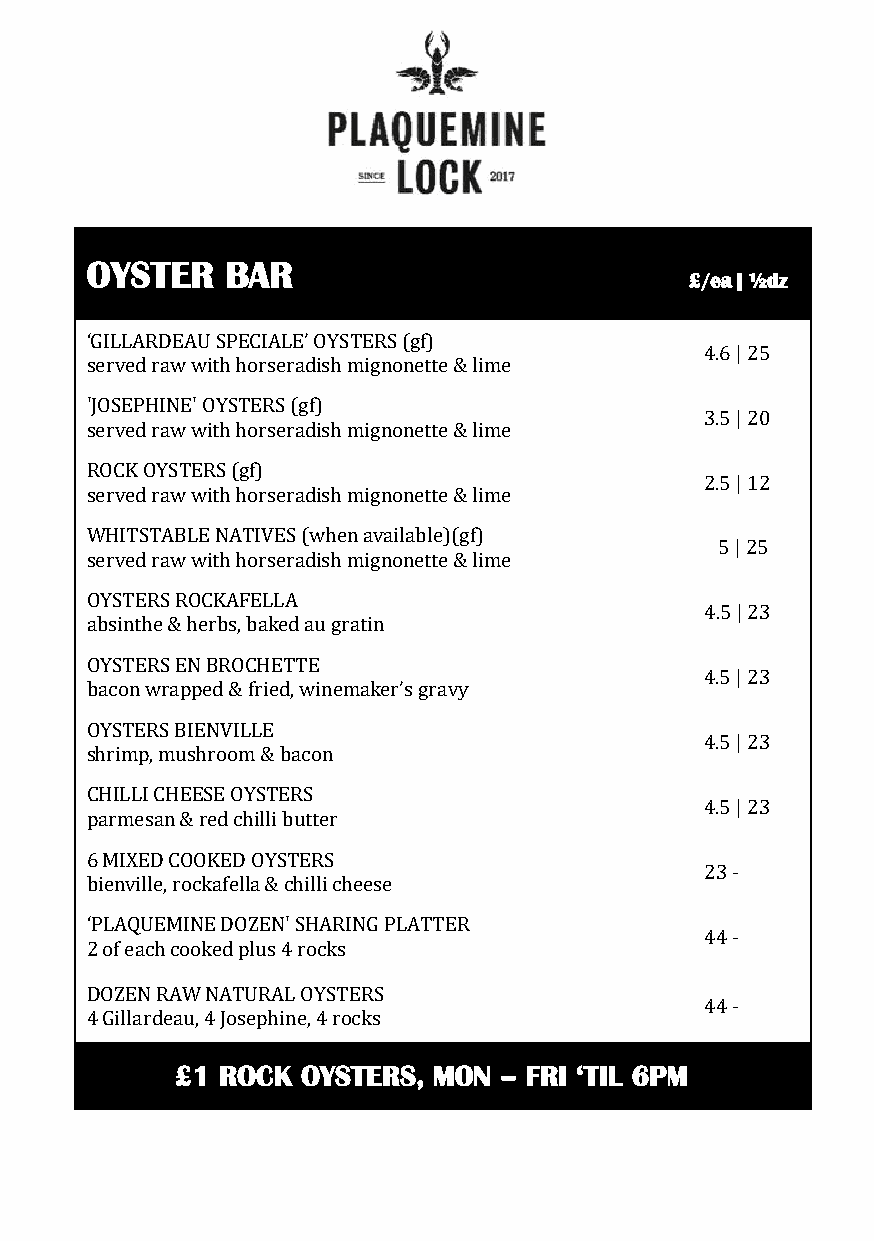
OYSTER   BAR
 £/ea | ½dz
 ‘GILLARDEAU SPECIALE’ OYSTERS (gf)
 4.6 | 25
 served raw with horseradish mignonette & lime
 'JOSEPHINE' OYSTERS (gf)
 3.5 | 20
 served raw with horseradish mignonette & lime
 ROCK OYSTERS (gf)
 2.5 | 12
 served raw with horseradish mignonette & lime
 WHITSTABLE NATIVES (when available)(gf)
 5 | 25
 served raw with horseradish mignonette & lime
 OYSTERS ROCKAFELLA
 4.5 | 23
 absinthe & herbs, baked au gratin
 OYSTERS EN BROCHETTE
 4.5 | 23
 bacon wrapped & fried, winemaker’s gravy
 OYSTERS BIENVILLE
 4.5 | 23
 shrimp, mushroom & bacon
 CHILLI CHEESE OYSTERS
 4.5 | 23
 parmesan & red chilli butter
 6 MIXED COOKED OYSTERS
 23 -
 bienville, rockafella & chilli cheese
 ‘PLAQUEMINE DOZEN' SHARING PLATTER
 44 -
 2 of each cooked plus 4 rocks
 DOZEN RAW NATURAL OYSTERS
 44 -
 4 Gillardeau, 4 Josephine, 4 rocks
 £1 ROCK OYSTERS, MON – FRI ‘TIL 6PM